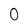
Character: 0